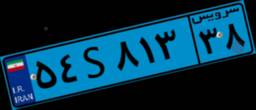
۵۴S۸۱۳۳۸